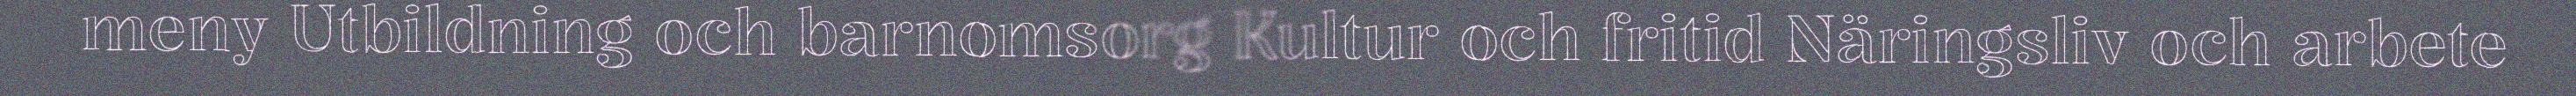
meny Utbildning och barnomsorg Kultur och fritid Näringsliv och arbete